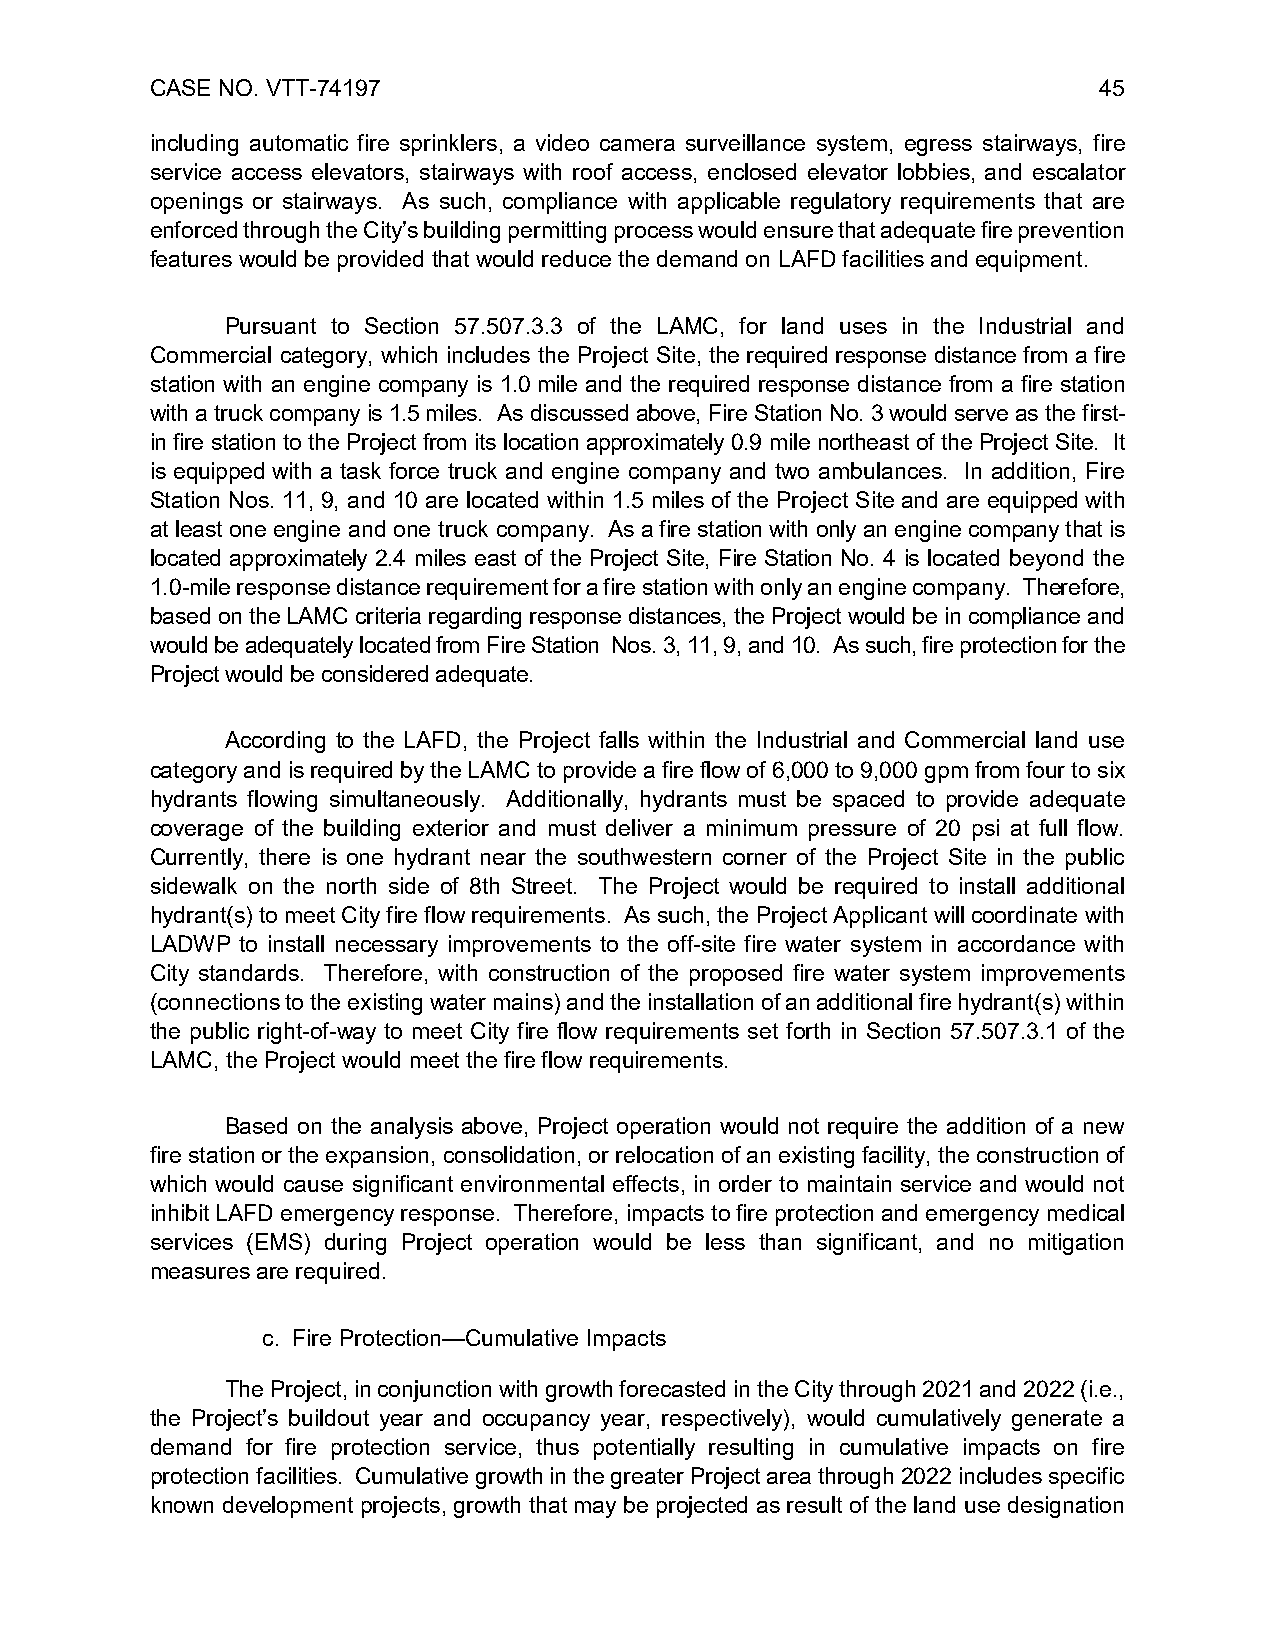
CASE NO. VTT-74197                                             45
 including automatic fire sprinklers, a video camera surveillance system, egress stairways, fire
 service access elevators, stairways with roof access, enclosed elevator lobbies, and escalator
 openings or stairways. As such, compliance with applicable regulatory requirements that are
 enforced through the City’s building permitting process would ensure that adequate fire prevention
 features would be provided that would reduce the demand on LAFD facilities and equipment.
 Pursuant to Section 57.507.3.3 of the LAMC, for land uses in the Industrial and
 Commercial category, which includes the Project Site, the required response distance from a fire
 station with an engine company is 1.0 mile and the required response distance from a fire station
 with a truck company is 1.5 miles. As discussed above, Fire Station No. 3 would serve as the first-
 in fire station to the Project from its location approximately 0.9 mile northeast of the Project Site. It
 is equipped with a task force truck and engine company and two ambulances. In addition, Fire
 Station Nos. 11, 9, and 10 are located within 1.5 miles of the Project Site and are equipped with
 at least one engine and one truck company. As a fire station with only an engine company that is
 located approximately 2.4 miles east of the Project Site, Fire Station No. 4 is located beyond the
 1.0-mile response distance requirement for a fire station with only an engine company. Therefore,
 based on the LAMC criteria regarding response distances, the Project would be in compliance and
 would be adequately located from Fire Station Nos. 3, 11, 9, and 10. As such, fire protection for the
 Project would be considered adequate.
 According to the LAFD, the Project falls within the Industrial and Commercial land use
 category and is required by the LAMC to provide a fire flow of 6,000 to 9,000 gpm from four to six
 hydrants flowing simultaneously. Additionally, hydrants must be spaced to provide adequate
 coverage of the building exterior and must deliver a minimum pressure of 20 psi at full flow.
 Currently, there is one hydrant near the southwestern corner of the Project Site in the public
 sidewalk on the north side of 8th Street. The Project would be required to install additional
 hydrant(s) to meet City fire flow requirements. As such, the Project Applicant will coordinate with
 LADWP to install necessary improvements to the off-site fire water system in accordance with
 City standards. Therefore, with construction of the proposed fire water system improvements
 (connections to the existing water mains) and the installation of an additional fire hydrant(s) within
 the public right-of-way to meet City fire flow requirements set forth in Section 57.507.3.1 of the
 LAMC, the Project would meet the fire flow requirements.
 Based on the analysis above, Project operation would not require the addition of a new
 fire station or the expansion, consolidation, or relocation of an existing facility, the construction of
 which would cause significant environmental effects, in order to maintain service and would not
 inhibit LAFD emergency response. Therefore, impacts to fire protection and emergency medical
 services (EMS) during Project operation would be less than significant, and no mitigation
 measures are required.
 c. Fire Protection—Cumulative Impacts
 The Project, in conjunction with growth forecasted in the City through 2021 and 2022 (i.e.,
 the Project’s buildout year and occupancy year, respectively), would cumulatively generate a
 demand for fire protection service, thus potentially resulting in cumulative impacts on fire
 protection facilities. Cumulative growth in the greater Project area through 2022 includes specific
 known development projects, growth that may be projected as result of the land use designation